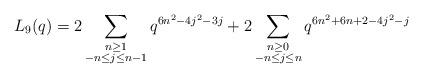
LaTeX: \begin{align*} L_{9}(q) = 2\sum_{\substack{n \geq 1 \\ -n \leq j \leq n-1}} q^{6n^2 - 4j^2 -3j} + 2\sum_{\substack{n \geq 0 \\ -n \leq j \leq n}} q^{6n^2 + 6n + 2- 4j^2 - j}\end{align*}